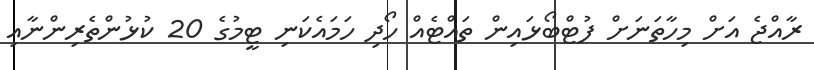
ރާއްޖެ އަށް މިހާތަނަށް ފުޓްބޯޅައިން ތައްޓެއް ހޯދި ހަމައެކަނި ޓީމުގެ 20 ކުޅުންތެރިންނާއި